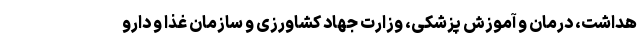
هداشت، درمان و آموزش پزشکی، وزارت جهاد کشاورزی و سازمان غذا و دارو